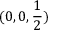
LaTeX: ( 0 , 0 , { \frac { 1 } { 2 } } )